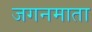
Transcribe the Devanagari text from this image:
जगनमाता